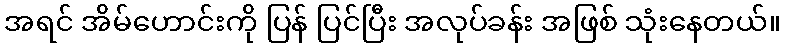
အရင် အိမ်ဟောင်းကို ပြန် ပြင်ပြီး အလုပ်ခန်း အဖြစ် သုံးနေတယ်။